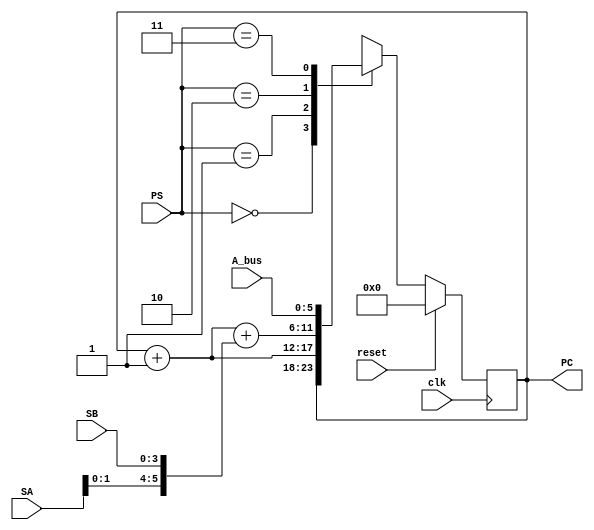
`timescale 1ps/1ps

module program_counter (
    input [3:0] SA, SB, // Source-A Source-B
    input [5:0] A_bus, // Address - Bus A
    input [1:0] PS, // PS Signal from Control Word (Control Logic)
    input clk, reset,
    output reg [5:0] PC // program counter register
);

always @ (posedge clk) begin
    if (reset) begin
        PC <= 6'b0;
    end else begin
        case (PS)
        2'b00:
        begin
            PC <= PC; // hold PC value
        end
        2'b01:
        begin
            PC <= PC + 1'b1; // next instruction
        end
        2'b10:
        begin
            PC <= PC + 1'b1 + ({SA[1:0], SB}); // offset
        end
        2'b11:
        begin
            PC <= A_bus;
        end
        endcase
    end
end   

endmodule